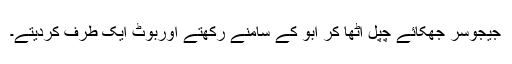
جیجوسر جھکائے چپل اُٹھا کر ابو کے سامنے رکھتے اوربوٹ ایک طرف کردیتے۔